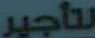
لتأجير